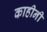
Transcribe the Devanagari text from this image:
काहीनी